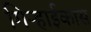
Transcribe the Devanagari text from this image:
गिऱ्हाईकास